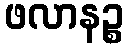
ဖလာနဉ္စ